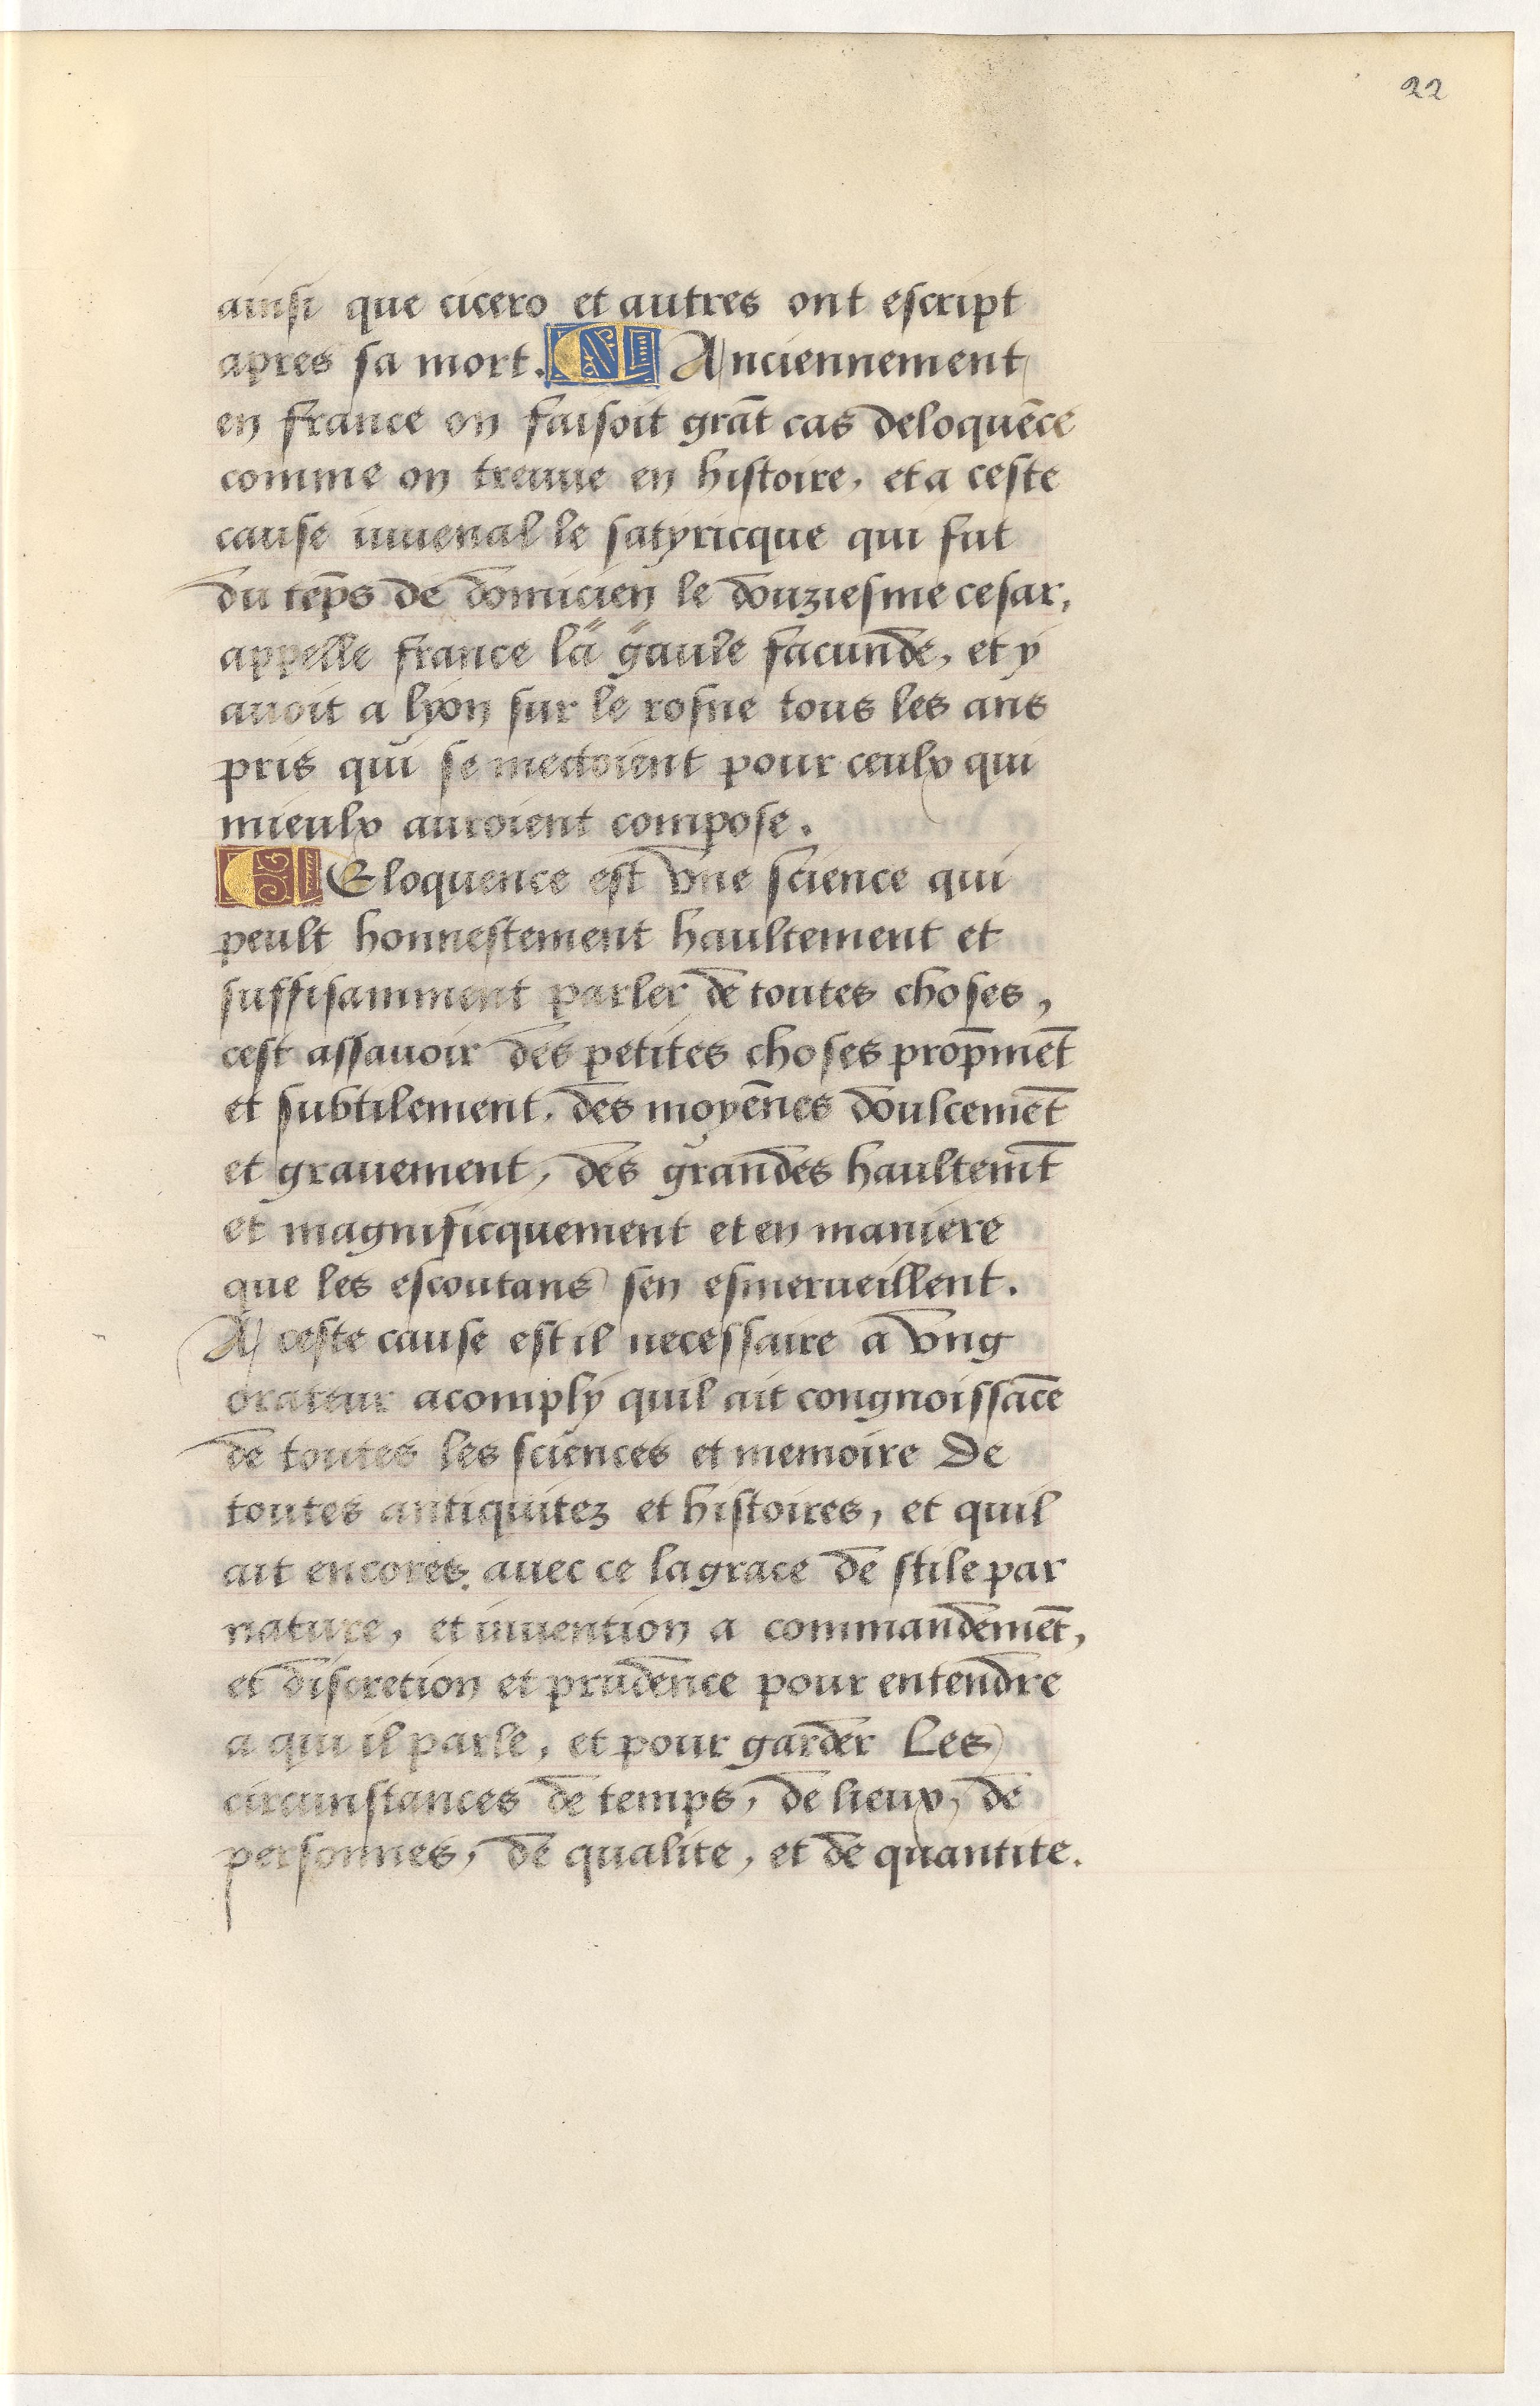
Shelfmark: Paris, BnF, Arsenal, 5103
Century: 15